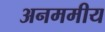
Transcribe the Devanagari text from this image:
अनममीय